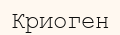
Криоген